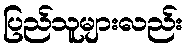
ပြည်သူများလည်း